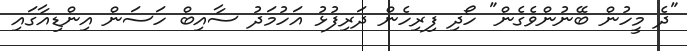
"ދެ މީހުން ބޭނުންވެގެން" ހޯދި ފިރިހެން ދަރިފުޅު އަހުމަދު ސާއިބް ހަސަން އިންޑިއާގައި